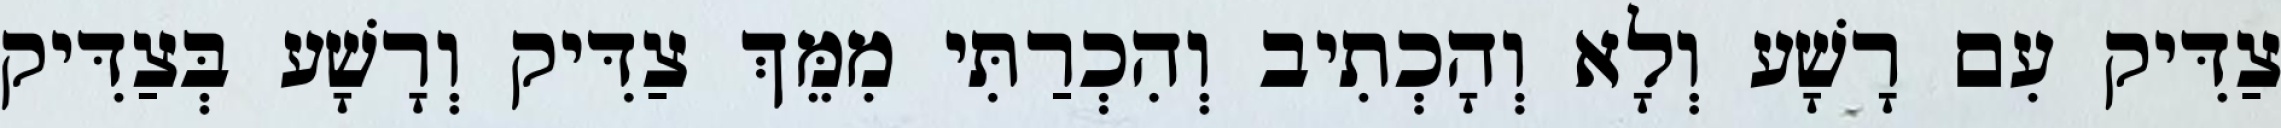
צַדִּיק עִם רָשָׁע וְלָא וְהָכְתִיב וְהִכְרַתִּי מִמֵּךְ צַדִּיק וְרָשָׁע בְּצַדִּיק